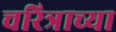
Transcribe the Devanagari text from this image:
चरित्राच्या